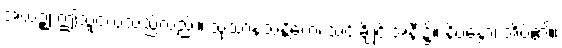
အယဉ္စ၊ ဤသူငယ်သည်လည်း။ သုသာနသန္တိကေ၊ သင်းချိုင်းအနီး၌။ နိပန္နော၊ အိပ်၏။